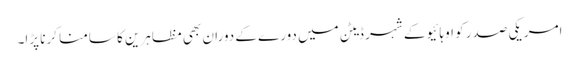
امریکی صدر کو اوہائیو کے شہر ڈیٹن میں دورے کے دوران بھی مظاہرین کا سامنا کرنا پڑا۔